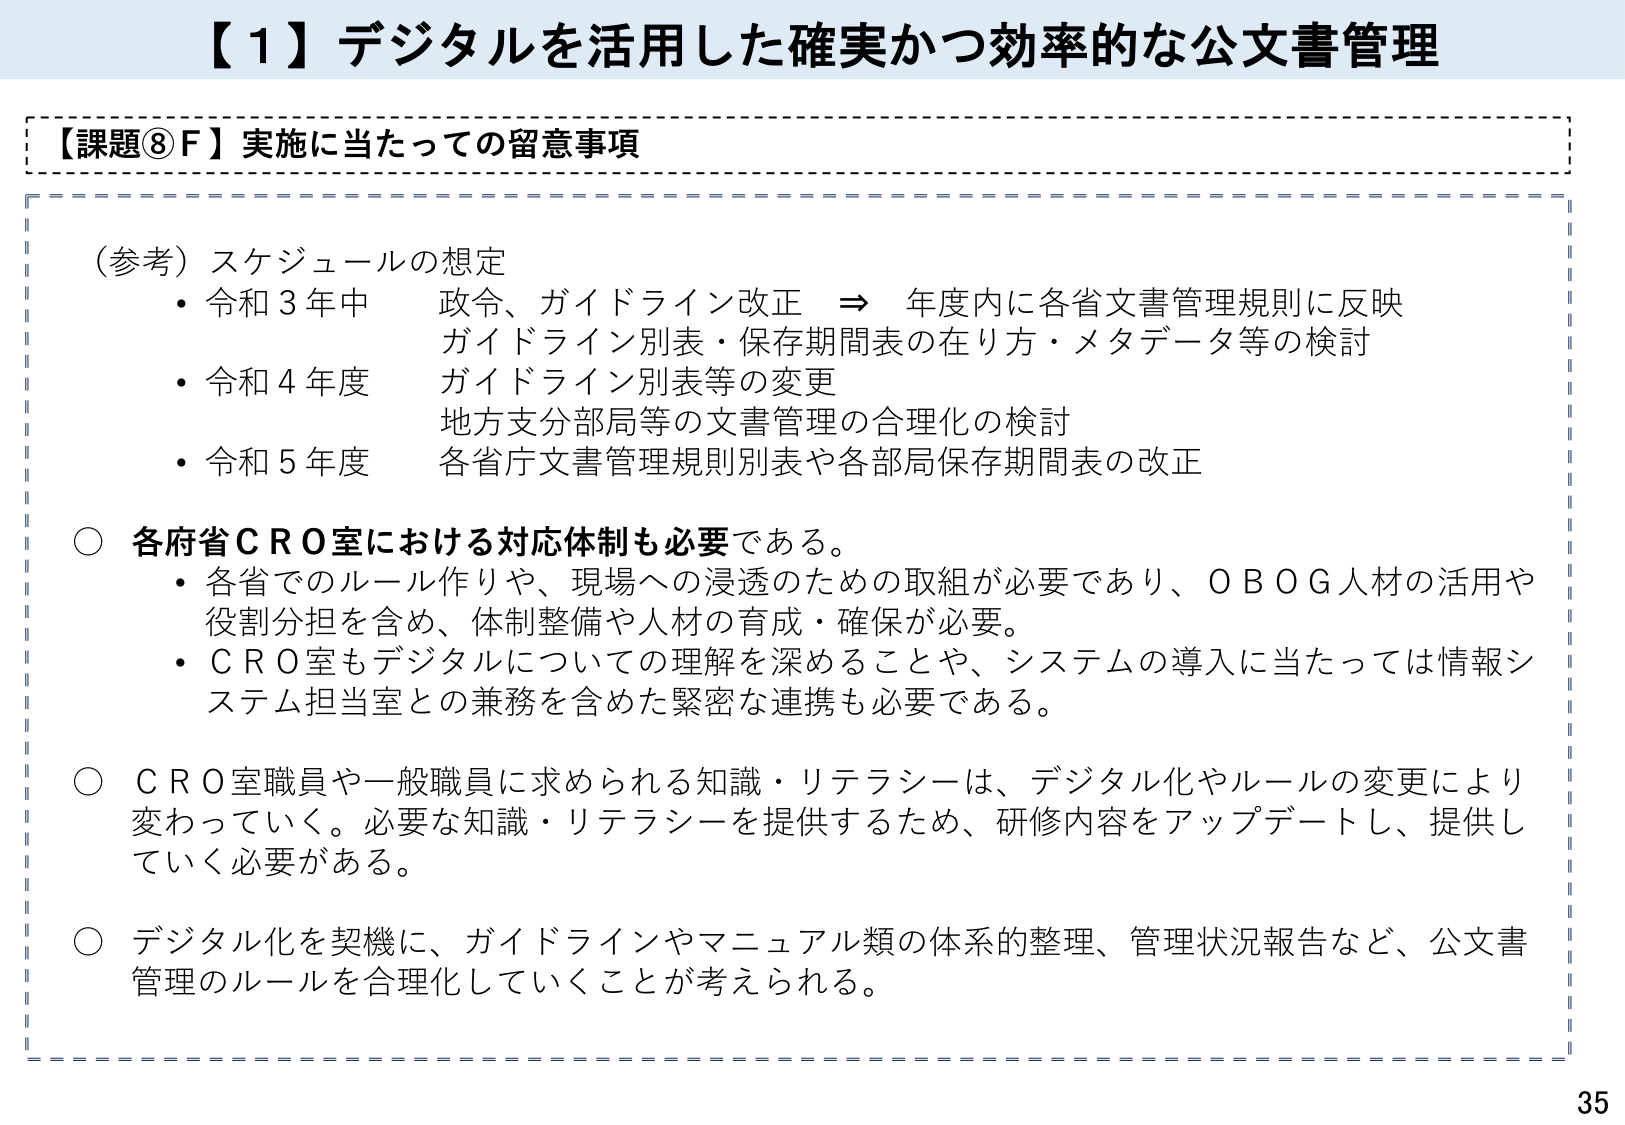
【１】デジタルを活用した確実かつ効率的な公文書管理

【課題⑧Ｆ】実施に当たっての留意事項

（参考）スケジュールの想定
・令和３年中　政令、ガイドライン改正　⇒　年度内に各省文書管理規則に反映
　　　　　　　ガイドライン別表・保存期間表の在り方・メタデータ等の検討
・令和４年度　ガイドライン別表等の変更
　　　　　　　地方支分部局等の文書管理の合理化の検討
・令和５年度　各省庁文書管理規則別表や各部局保存期間表の改正

○ 各府省ＣＲＯ室における対応体制も必要である。
・各省でのルール作りや、現場への浸透のための取組が必要であり、ＯＢＯＧ人材の活用や
　役割分担を含め、体制整備や人材の育成・確保が必要。
・ＣＲＯ室もデジタルについての理解を深めることや、システムの導入に当たっては情報シ
　ステム担当室との兼務を含めた緊密な連携も必要である。

○ ＣＲＯ室職員や一般職員に求められる知識・リテラシーは、デジタル化やルールの変更により
　変わっていく。必要な知識・リテラシーを提供するため、研修内容をアップデートし、提供し
　ていく必要がある。

○ デジタル化を契機に、ガイドラインやマニュアル類の体系的整理、管理状況報告など、公文書
　管理のルールを合理化していくことが考えられる。

35